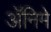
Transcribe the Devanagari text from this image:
ॲनिमे